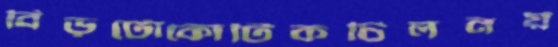
বিড়টোকোটিকচিলনয়